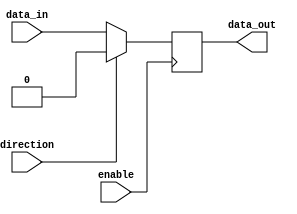
module bidirectional_buffer(
    input wire data_in,
    output reg data_out,
    input wire enable,
    input wire direction
);

always @(posedge enable) begin
    if(direction == 1'b0) begin
        // Write data to output port
        data_out <= data_in;
    end
    else begin
        // Read data from input port
        data_out <= 1'b0;
    end
end

endmodule